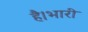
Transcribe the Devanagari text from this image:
है।भारी